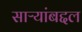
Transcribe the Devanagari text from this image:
साऱ्यांबद्दल